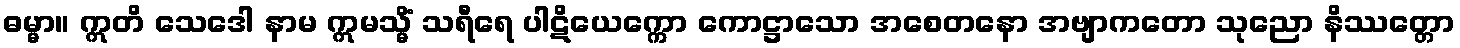
ဓမ္မာ။ ဣတိ သေဒေါ နာမ ဣမသ္မိံ သရီရေ ပါဋိယေက္ကော ကောဋ္ဌာသော အစေတနော အဗျာကတော သုညော နိဿတ္တော